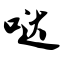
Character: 哒